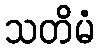
သတိမံ